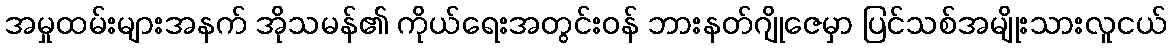
အမှုထမ်းများအနက် အိုသမန်၏ ကိုယ်ရေးအတွင်းဝန် ဘားနတ်ဂျိုဇေမှာ ပြင်သစ်အမျိုးသားလူငယ်